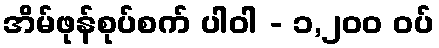
အိမ်ဖုန်စုပ်စက် ပါဝါ - ၁,၂၀၀ ဝပ်